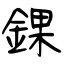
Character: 錁